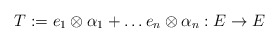
\begin{align*}T := e_1 \otimes \alpha_1 + \dots e_n \otimes \alpha_n: E \to E\end{align*}